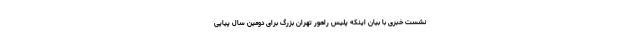
نشست خبری با بیان اینکه پلیس راهور تهران بزرگ برای دومین سال پیاپی